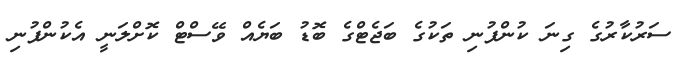
ސަރުކާރުގެ ގިނަ ކުންފުނި ތަކުގެ ބަޖެޓްގެ ބޮޑު ބަޔެއް ވޭސްޓް ކޮށްލަނީ އެކުންފުނި